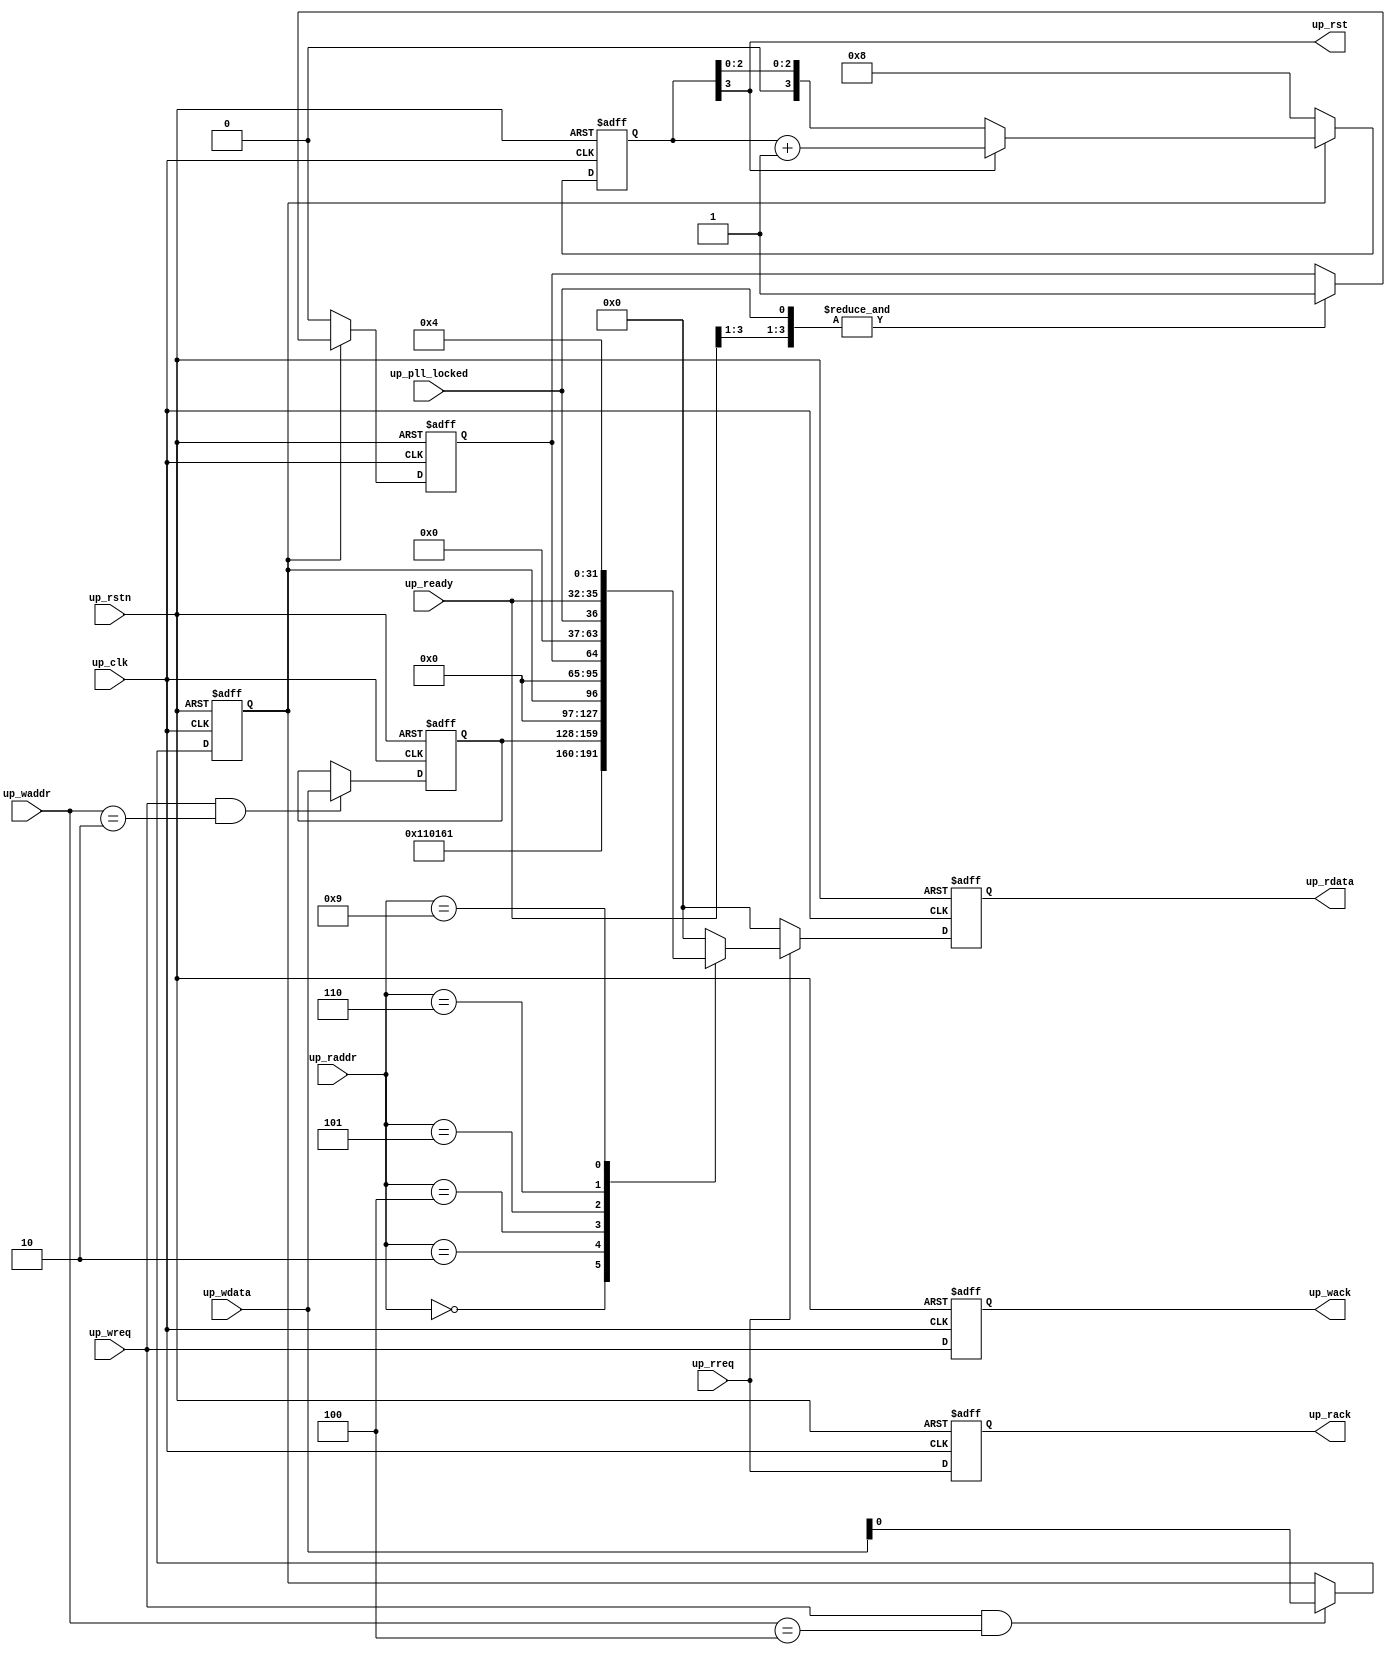
// ***************************************************************************
// ***************************************************************************
// Copyright 2014 - 2017 (c) Analog Devices, Inc. All rights reserved.
//
// In this HDL repository, there are many different and unique modules, consisting
// of various HDL (Verilog or VHDL) components. The individual modules are
// developed independently, and may be accompanied by separate and unique license
// terms.
//
// The user should read each of these license terms, and understand the
// freedoms and responsibilities that he or she has by using this source/core.
//
// This core is distributed in the hope that it will be useful, but WITHOUT ANY
// WARRANTY; without even the implied warranty of MERCHANTABILITY or FITNESS FOR
// A PARTICULAR PURPOSE.
//
// Redistribution and use of source or resulting binaries, with or without modification
// of this file, are permitted under one of the following two license terms:
//
//   1. The GNU General Public License version 2 as published by the
//      Free Software Foundation, which can be found in the top level directory
//      of this repository (LICENSE_GPL2), and also online at:
//      <https://www.gnu.org/licenses/old-licenses/gpl-2.0.html>
//
// OR
//
//   2. An ADI specific BSD license, which can be found in the top level directory
//      of this repository (LICENSE_ADIBSD), and also on-line at:
//      https://github.com/analogdevicesinc/hdl/blob/master/LICENSE_ADIBSD
//      This will allow to generate bit files and not release the source code,
//      as long as it attaches to an ADI device.
//
// ***************************************************************************
// ***************************************************************************

`timescale 1ns/100ps

module axi_adxcvr_up #(

  // parameters

  parameter   integer ID = 0,
  parameter   [ 7:0]  FPGA_TECHNOLOGY = 0,
  parameter   [ 7:0]  FPGA_FAMILY = 0,
  parameter   [ 7:0]  SPEED_GRADE = 0,
  parameter   [ 7:0]  DEV_PACKAGE = 0,
  parameter   [15:0]  FPGA_VOLTAGE = 0,
  parameter   integer XCVR_TYPE = 0,
  parameter   integer TX_OR_RX_N = 0,
  parameter   integer NUM_OF_LANES = 4) (

  // xcvr, lane-pll and ref-pll are shared

  output                        up_rst,
  input                         up_pll_locked,
  input   [(NUM_OF_LANES-1):0]  up_ready,

  // bus interface

  input                         up_rstn,
  input                         up_clk,
  input                         up_wreq,
  input   [ 9:0]                up_waddr,
  input   [31:0]                up_wdata,
  output                        up_wack,
  input                         up_rreq,
  input   [ 9:0]                up_raddr,
  output  [31:0]                up_rdata,
  output                        up_rack);

  // parameters

  localparam  [31:0]  VERSION = 32'h00110161;

  // internal registers

  reg                           up_wreq_d = 'd0;
  reg     [31:0]                up_scratch = 'd0;
  reg                           up_resetn = 'd0;
  reg     [ 3:0]                up_rst_cnt = 'd8;
  reg                           up_status_int = 'd0;
  reg                           up_rreq_d = 'd0;
  reg     [31:0]                up_rdata_d = 'd0;

  // internal signals

  wire                          up_ready_s;
  wire    [31:0]                up_status_32_s;
  wire    [31:0]                up_rparam_s;

  // defaults

  assign up_wack = up_wreq_d;

  always @(negedge up_rstn or posedge up_clk) begin
    if (up_rstn == 0) begin
      up_wreq_d <= 'd0;
      up_scratch <= 'd0;
    end else begin
      up_wreq_d <= up_wreq;
      if ((up_wreq == 1'b1) && (up_waddr == 10'h002)) begin
        up_scratch <= up_wdata;
      end
    end
  end

  // reset-controller

  always @(negedge up_rstn or posedge up_clk) begin
    if (up_rstn == 0) begin
      up_resetn <= 'd0;
    end else begin
      if ((up_wreq == 1'b1) && (up_waddr == 10'h004)) begin
        up_resetn <= up_wdata[0];
      end
    end
  end

  assign up_rst = up_rst_cnt[3];
  assign up_ready_s = & up_status_32_s[NUM_OF_LANES:1];
  assign up_status_32_s[31:(NUM_OF_LANES+1)] = 'd0;
  assign up_status_32_s[NUM_OF_LANES] = up_pll_locked;
  assign up_status_32_s[(NUM_OF_LANES-1):0] = up_ready;

  always @(negedge up_rstn or posedge up_clk) begin
    if (up_rstn == 0) begin
      up_rst_cnt <= 4'h8;
      up_status_int <= 1'b0;
    end else begin
      if (up_resetn == 1'b0) begin
        up_rst_cnt <= 4'h8;
      end else if (up_rst_cnt[3] == 1'b1) begin
        up_rst_cnt <= up_rst_cnt + 1'b1;
      end
      if (up_resetn == 1'b0) begin
        up_status_int <= 1'b0;
      end else if (up_ready_s == 1'b1) begin
        up_status_int <= 1'b1;
      end
    end
  end

  // Specific to Intel

  assign up_rparam_s[31:28] = 8'd0;
  assign up_rparam_s[27:24] = XCVR_TYPE[3:0];

  // Specific to Xilinx

  assign up_rparam_s[23:16] = 8'd0;

  // generic

  assign up_rparam_s[15: 9] = 7'd0;
  assign up_rparam_s[ 8: 8] = (TX_OR_RX_N == 0) ? 1'b0 : 1'b1;
  assign up_rparam_s[ 7: 0] = NUM_OF_LANES[7:0];

  // read interface

  assign up_rack = up_rreq_d;
  assign up_rdata = up_rdata_d;

  always @(negedge up_rstn or posedge up_clk) begin
    if (up_rstn == 0) begin
      up_rreq_d <= 'd0;
      up_rdata_d <= 'd0;
    end else begin
      up_rreq_d <= up_rreq;
      if (up_rreq == 1'b1) begin
        case (up_raddr)
          10'h000: up_rdata_d <= VERSION;
          10'h001: up_rdata_d <= ID;
          10'h002: up_rdata_d <= up_scratch;
          10'h004: up_rdata_d <= {31'd0, up_resetn};
          10'h005: up_rdata_d <= {31'd0, up_status_int};
          10'h006: up_rdata_d <= up_status_32_s;
          10'h007: up_rdata_d <= {FPGA_TECHNOLOGY,FPGA_FAMILY,SPEED_GRADE,DEV_PACKAGE}; // [8,8,8,8]
          10'h009: up_rdata_d <= up_rparam_s;
          10'h050: up_rdata_d <= {16'd0, FPGA_VOLTAGE};  // mV
          default: up_rdata_d <= 32'd0;
        endcase
      end else begin
        up_rdata_d <= 32'd0;
      end
    end
  end

endmodule

// ***************************************************************************
// ***************************************************************************